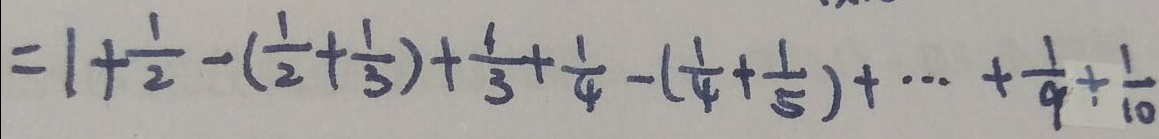
= 1 + \frac { 1 } { 2 } - ( \frac { 1 } { 2 } + \frac { 1 } { 3 } ) + \frac { 1 } { 3 } + \frac { 1 } { 4 } - ( \frac { 1 } { 4 } + \frac { 1 } { 5 } ) + \cdots + \frac { 1 } { 9 } + \frac { 1 } { 1 0 }